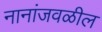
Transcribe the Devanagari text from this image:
नानांजवळील